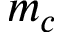
m _ { c }